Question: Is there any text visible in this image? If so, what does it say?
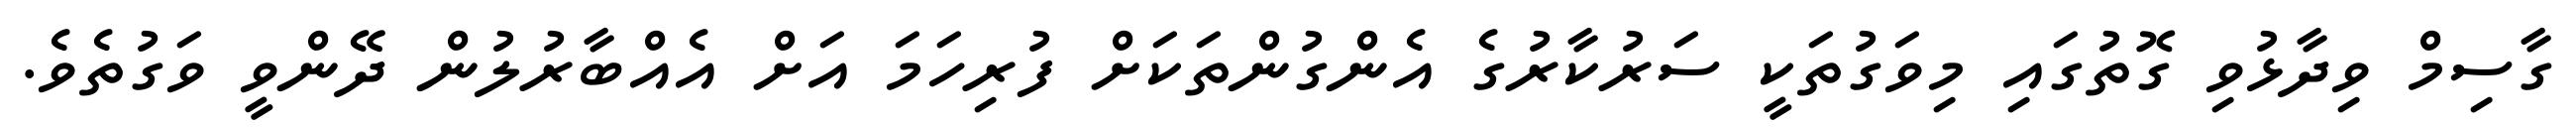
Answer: ގާސިމް ވިދާޅުވި ގޮތުގައި މިވަގުތަކީ ސަރުކާރުގެ އެންގުންތަކަށް ފުރިހަމަ އަށް އެއްބާރުލުން ދޭންވީ ވަގުތެވެ.